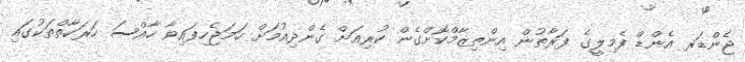
ޖެންޑަރ އެންޑް ފެމިލީގެ ފަރާތުން އިންތިޒާމްކޮށްގެން ކުރިއަށް ގެންދިއުމަށް ހަމަޖެހިފައިވާ ހާއްސަ ހަރަކާތްތަކުގައި